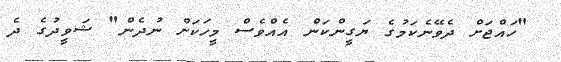
"ހައްޖަށް ދެވޭނެކަމުގެ ޔަގީންކަން އެއްވެސް މީހަކަށް ނުދެން" ޝަވީދުގެ ދެ